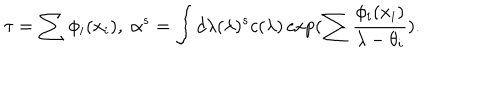
\tau = \sum \phi _ { i } ( x _ { i } ) , \; \alpha ^ { s } = \int d \lambda ( \lambda ) ^ { s } c ( \lambda ) \exp ( \sum \frac { \phi _ { i } ( x _ { i } ) } { \lambda - \theta _ { i } } ) .